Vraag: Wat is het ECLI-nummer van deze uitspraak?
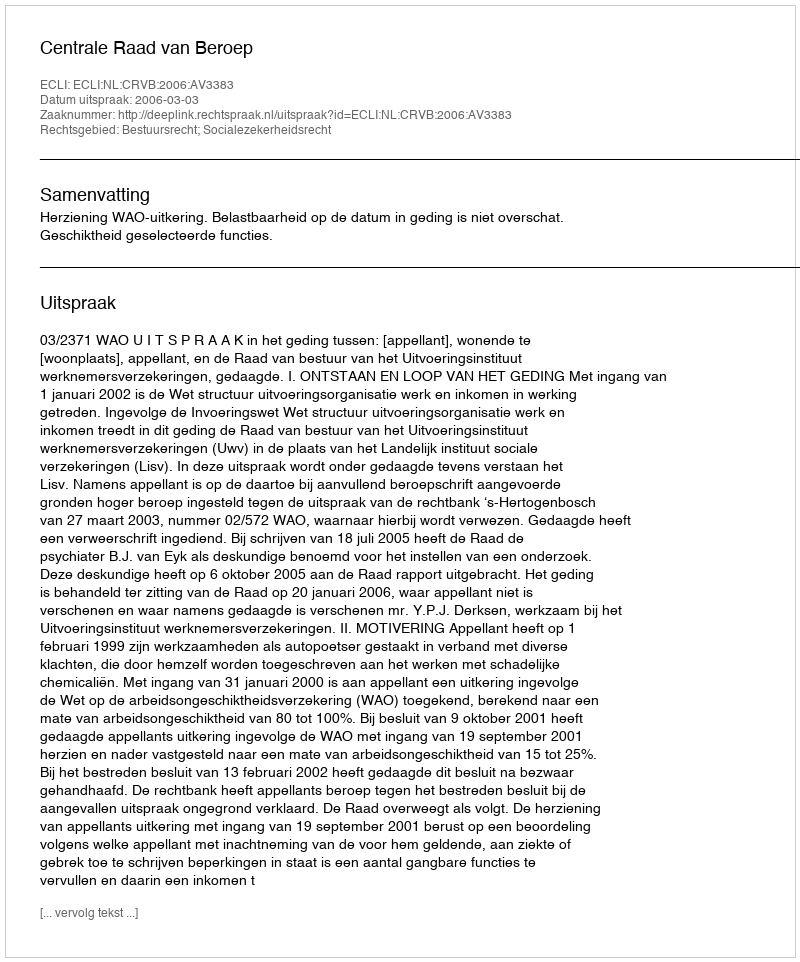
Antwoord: ECLI:NL:CRVB:2006:AV3383